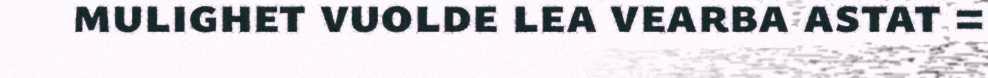
mulighet vuolde lea vearba astat =